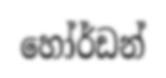
හෝර්ඩන්